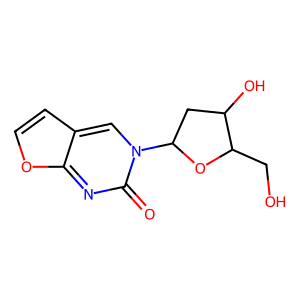
SMILES: O=c1nc2occc2cn1C1CC(O)C(CO)O1
Inhibits HIV replication: No